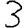
Digit: 3